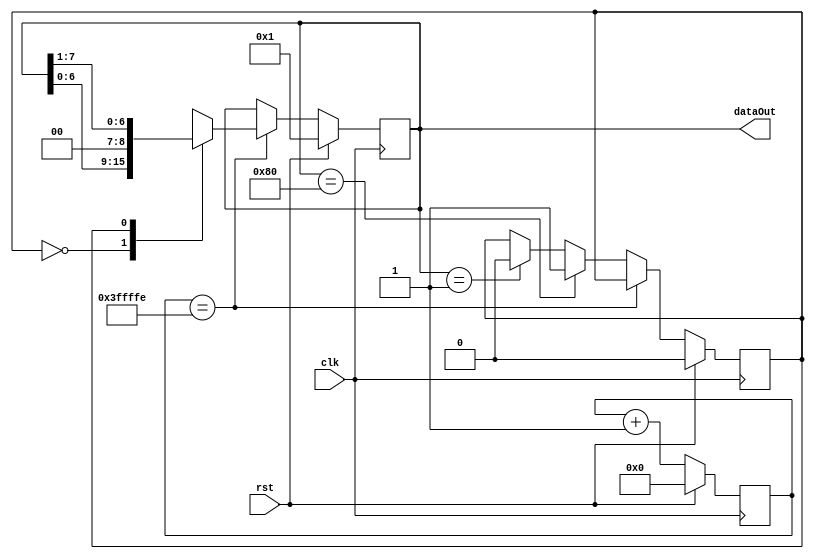
`timescale 1ns / 1ps
module knightRider(clk, rst, dataOut);

input clk, rst;
output reg [7:0] dataOut;

reg [24:0] counter, counterNext;
reg [ 7:0] dataOutNext;
reg flag,flagNxt;
parameter COUNT = 22'h3FFFFF; // 22'h3FFFFF;

// registers
always @(posedge clk) begin
	counter <= #1 counterNext;
	dataOut <= #1 dataOutNext;
	flag <= #1 flagNxt;
end

always @(*) begin
	dataOutNext = dataOut;
	counterNext = counter +1;
	flagNxt = flag;
	if(rst) begin
		dataOutNext = 8'b0000_0001;
		counterNext = 0;
		flagNxt = 0;
	end else if(counter == COUNT -1) begin
		case(flag)
			0: dataOutNext = dataOut << 1;
			1: dataOutNext = dataOut >> 1;
		endcase
	end else begin
		if(dataOut== 8'b1000_0000)
			flagNxt = 1;
		else if (dataOut == 8'b000_0001)
			flagNxt = 0;
			
	end
	
end
endmodule